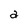
Character: a